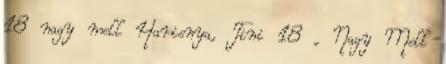
18 nagy mell Harisnya, Tini 18 , Nagy Mell